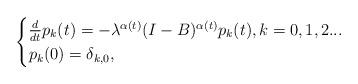
LaTeX: \begin{align*}\begin{cases}\frac{d}{dt}p_{k}(t)=-\lambda ^{\alpha (t)}(I-B)^{\alpha (t)}p_{k}(t),k=0,1,2... \\p_{k}(0)=\delta _{k,0},\end{cases}\end{align*}